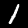
Label: 1